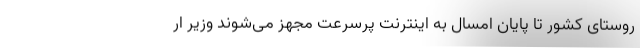
روستای کشور تا پایان امسال به اینترنت پرسرعت مجهز می‌شوند وزیر ار